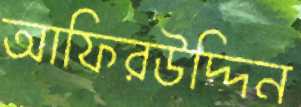
আফিরউদ্দিন